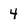
Character: 4